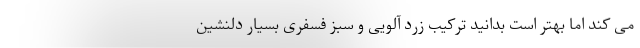
می کند اما بهتر است بدانید ترکیب زرد آلویی و سبز فسفری بسیار دلنشین